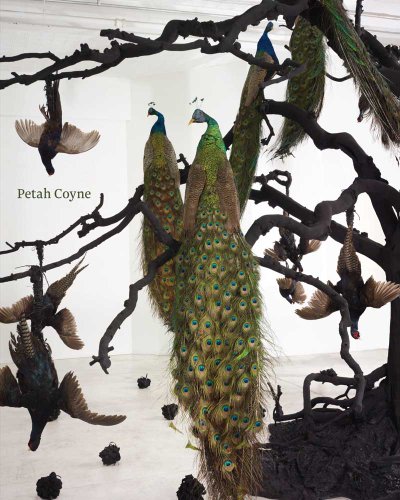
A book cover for Petah Coyne: Everything That Rises Must Converge (Massachusetts Museum of Contemporary Art); Denise Markonish; Arts & Photography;